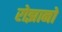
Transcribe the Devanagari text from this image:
रोझानो